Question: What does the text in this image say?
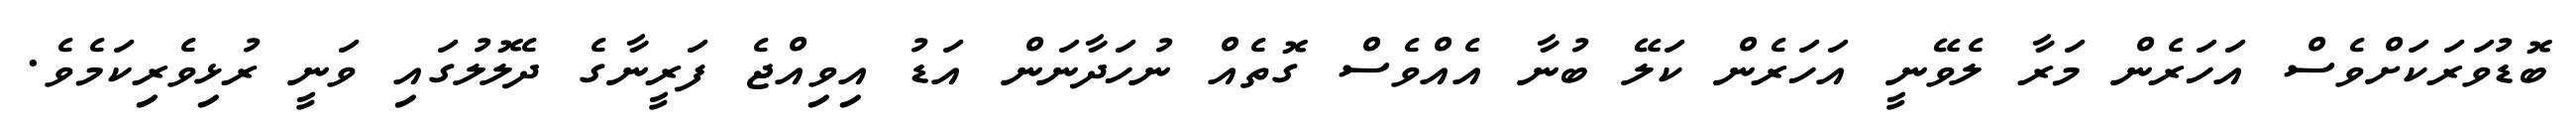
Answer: ބޮޑުވަރަކަށްވެސް އަހަރެން މަރާ ލެވޭނީ އަހަރެން ކަލޭ ބުނާ އެއްވެސް ގޮތެއް ނުހަދާނަން އަޑު އިވިއްޖެ ފަރީނާގެ ދެލޮލުގައި ވަނީ ރުޅިވެރިކަމެވެ.